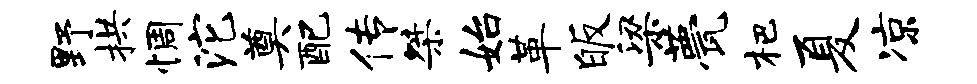
野拱惆沱奠配传桀始革皈梁甍杷夏凉